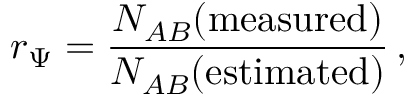
r _ { \Psi } = \frac { { \cal N } _ { A B } ( \mathrm { m e a s u r e d } ) } { { \cal N } _ { A B } ( \mathrm { e s t i m a t e d } ) } \, ,